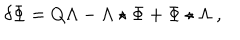
\delta \Phi = Q \Lambda - \Lambda \star \Phi + \Phi \star \Lambda \ ,